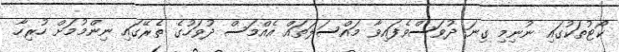
ކޯޓުތަކުގައި ނުނިމި ގިނަ ދުވަސްވެފައިވާ މައްސަލަތައް އެއްމަސް ދުވަހުގެ ތެރޭގައި ނިންމުމަށް ހުރިހާ